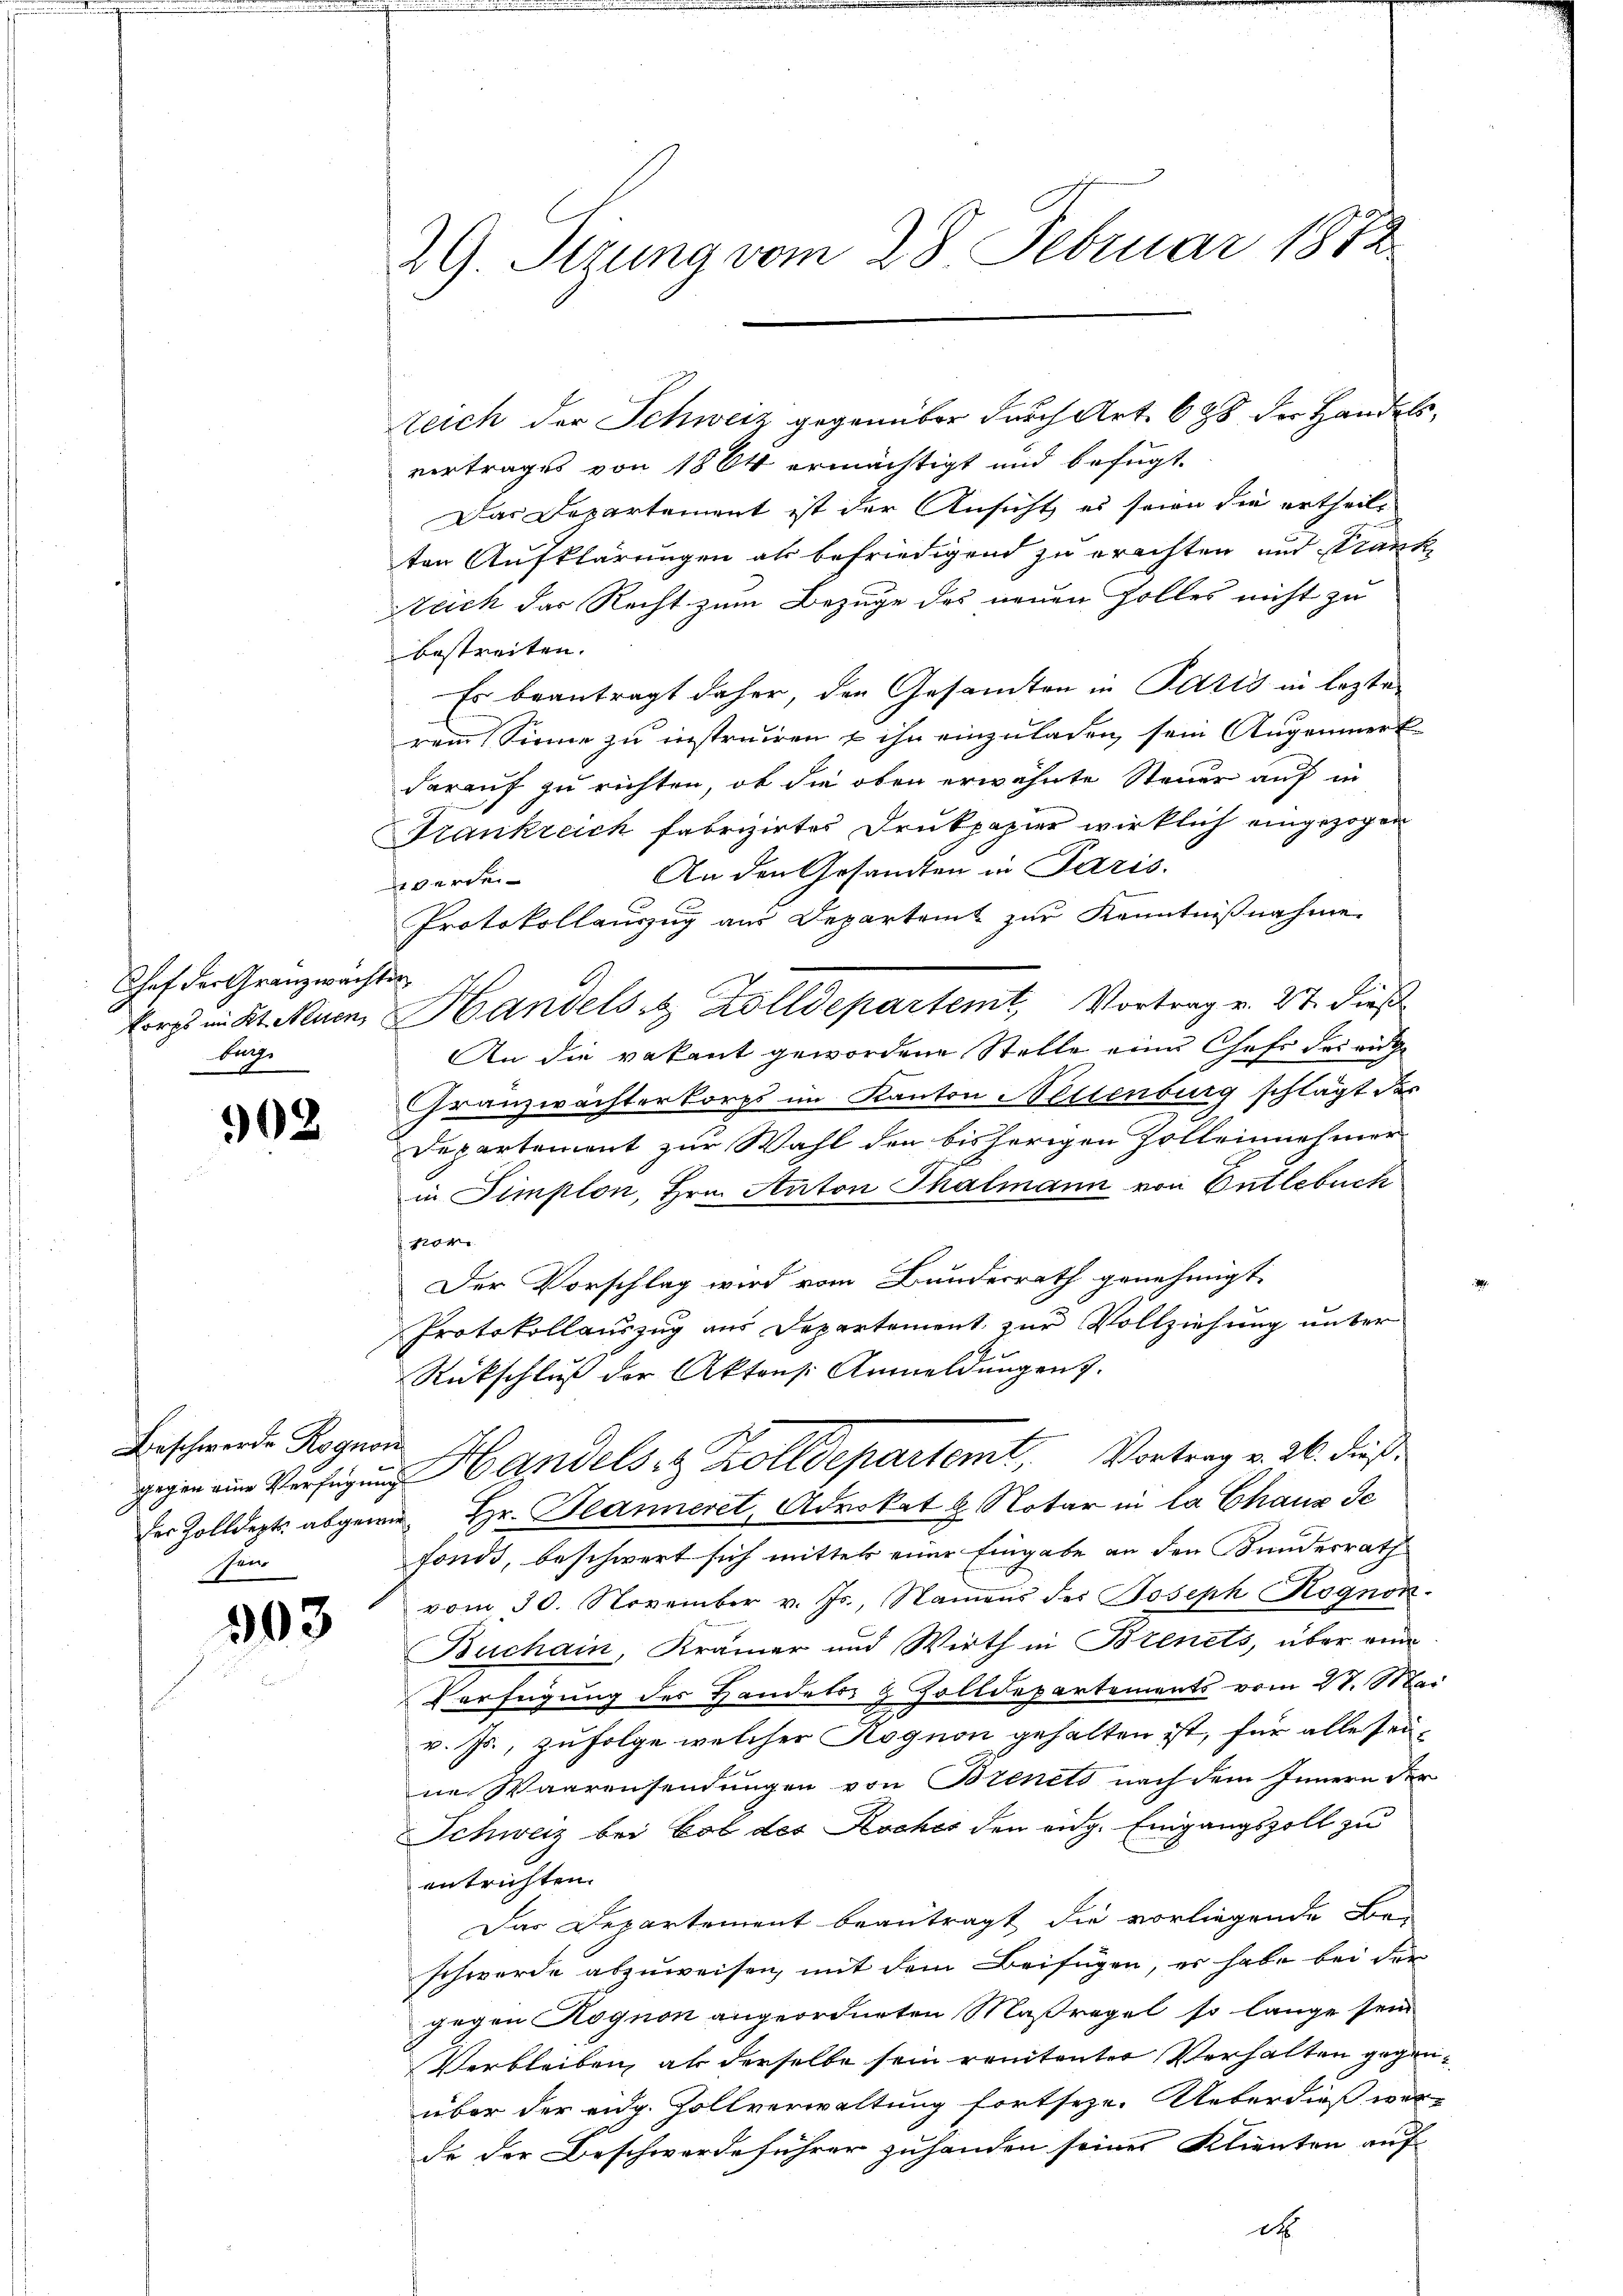
Schef der Granzwachten
Bug.

302

Beschwerde Rognoi
sen.

303

29. Stzung vom 28. Februar 1872

Reich der Schweiz gegenüber durch Art. 688 der Handels,
vertrages von 1864 ermächtigt und befugt,
Das Departement ist der Ansicht es seien die ertheil-
ten Aufklärungen als befriedigend zu erachten und Krank
Reich das Recht zum Bezuge des neuen Folles nicht zu
bestreiten.
Es beantragt daher, den Gesamten in Paris in lezten
rem Sinne zu instrauen & ihn einzuladen, sein Augenmerk-
darauf zu richten, ob die oben erwähnte Steuer auf in
Frankreich fabrizirtes Drukpapier wirklich eingezogen
An den Gesandten in Paris.
werde
Protokollauszug am Departamt zur Kenntnißnahme.
korps in St. Neuen, Handelst Zolldepartemt, Vortrag v. 27. dieß
An die vakant gewordene Stelle eine Chefs Friede
Granzwachterkorps im Kanton Willenburg schlägt des
Departement zur Wahl den bisherigen Zolleinehmer
in Simplon, Hrn. Anton Thalmann von Bütlebuch
vor
Der Vorschlag wird vom Bundesrath genehmigt.
Protokollauszug aus Departement zur Vollziehung unter
Rückschluß der Aktens. Anmeldŭngen.
gegen Verfügung Handels- & Zolldepartemt, Vortrag v. 2. dieß
der Zolldepts abgewie Hr. Jeanneret, Advokat & Notar in la Chaux de
fonds, beschwert sich mittel einer Eingabe an den Kundesrath
vom 30. November v. Js., Namens des Joseph Kognon.
Buchain, Krämer und Wirth in Brenets, über eine
Verfügung des Handeler & Zolldepartements vom 27. Mai
v. Js., zufolge welcher Kognon gehalten ist, für alle seine Waarensendungen von Brinets nach dem Innern der
Schweiz bei Lob des Kocher den eidg. Eingangszoll zu
entrichten.
Das Departement beantragt die vorliegende Be-
schwerde abzuweisen, mit dem Beifügen, er habe bei der
gegen Rognon angeordneten Maßregel so lange sein
Verbleiben, als derselbe sein renitenter Verhalten gegenüber der eidg. Zollverwaltung fortseze. Ueberdieß werde der Beschwerdeführer zu handen seiner Klienten auf
d